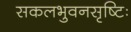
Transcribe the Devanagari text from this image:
सकलभुवनसृष्टिः